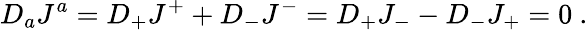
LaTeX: D_{a}J^{a}=D_{+}J^{+}+D_{-}J^{-}=D_{+}J_{-}-D_{-}J_{+}=0\ .